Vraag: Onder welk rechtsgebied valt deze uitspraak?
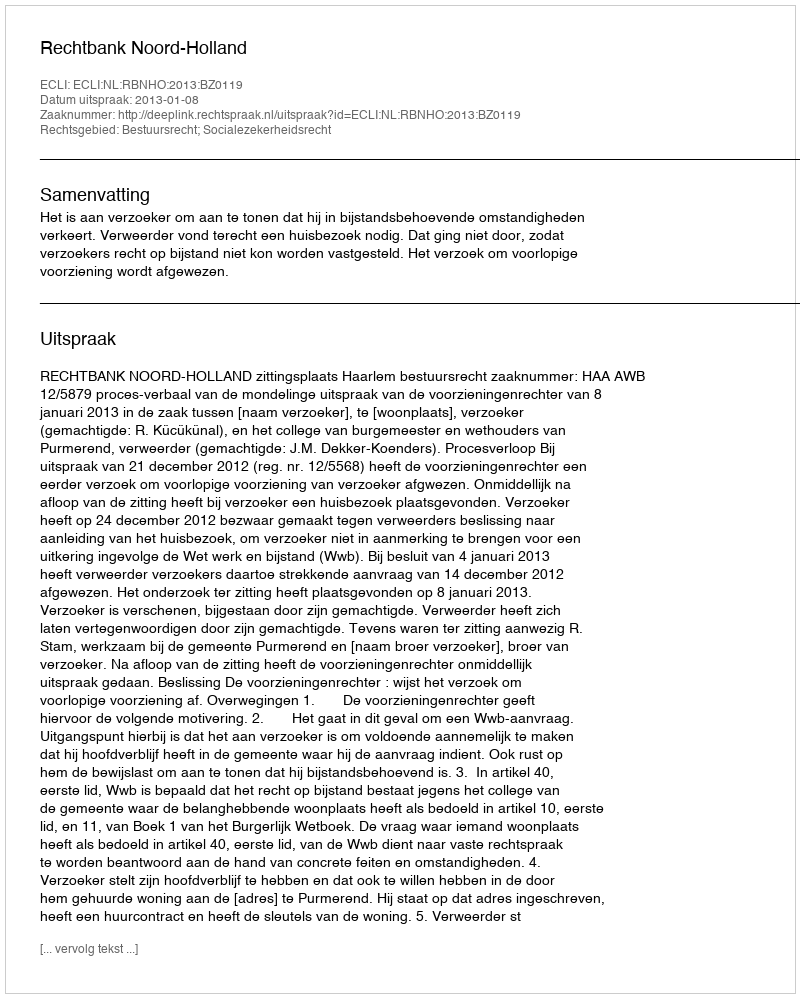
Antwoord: Bestuursrecht; Socialezekerheidsrecht